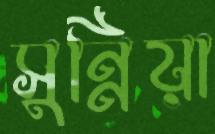
সুন্নিয়া